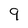
Character: 9